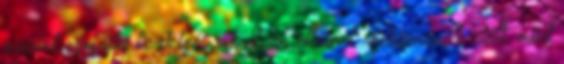
szerint egyfajta tisztelgés az olyan elhunyt rockzenészek előtt, mint